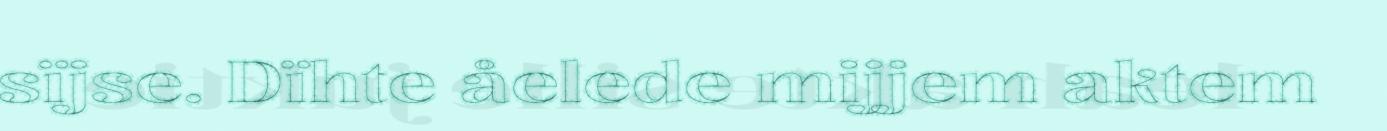
sïjse. Dïhte åelede mijjem aktem